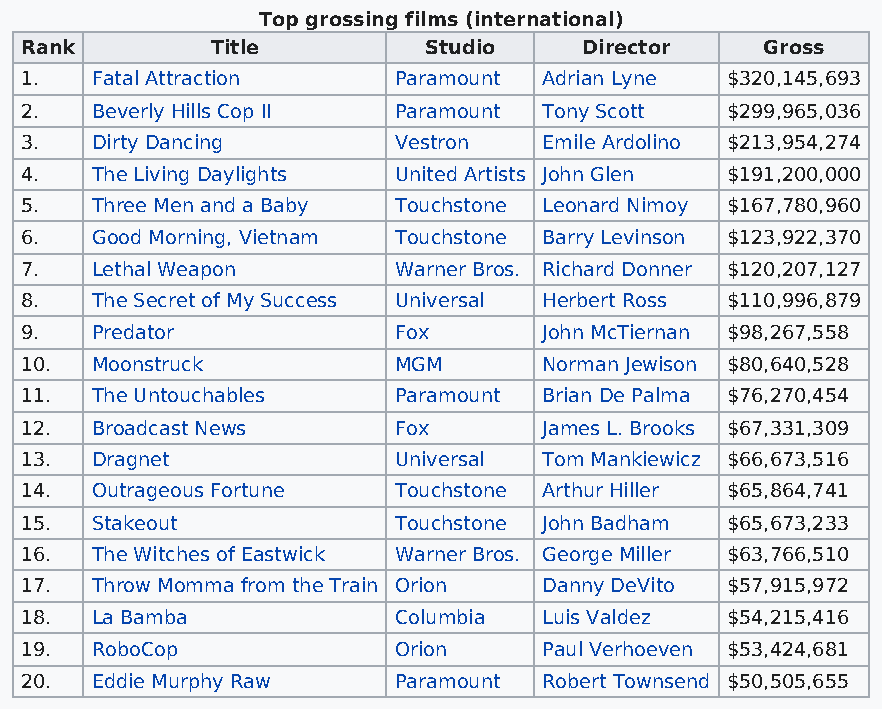
Top grossing films (international)
 Rank         Title         Studio     Director   Gross
 1.   Fatal Attraction    Paramount Adrian Lyne $320,145,693
 2.   Beverly Hills Cop II Paramount Tony Scott $299,965,036
 3.   Dirty Dancing       Vestron   Emile Ardolino $213,954,274
 4.   The Living Daylights United Artists John Glen $191,200,000
 5.   Three Men and a Baby Touchstone Leonard Nimoy $167,780,960
 6.   Good Morning, Vietnam Touchstone Barry Levinson $123,922,370
 7.   Lethal Weapon       Warner Bros. Richard Donner $120,207,127
 8.   The Secret of My Success Universal Herbert Ross $110,996,879
 9.   Predator            Fox       John McTiernan $98,267,558
 10.  Moonstruck          MGM       Norman Jewison $80,640,528
 11.  The Untouchables    Paramount Brian De Palma $76,270,454
 12.  Broadcast News      Fox       James L. Brooks $67,331,309
 13.  Dragnet             Universal Tom Mankiewicz $66,673,516
 14.  Outrageous Fortune  Touchstone Arthur Hiller $65,864,741
 15.  Stakeout            Touchstone John Badham $65,673,233
 16.  The Witches of Eastwick Warner Bros. George Miller $63,766,510
 17.  Throw Momma from the Train Orion Danny DeVito $57,915,972
 18.  La Bamba            Columbia  Luis Valdez $54,215,416
 19.  RoboCop             Orion     Paul Verhoeven $53,424,681
 20.  Eddie Murphy Raw    Paramount Robert Townsend $50,505,655